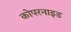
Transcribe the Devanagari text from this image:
कोपरनाइड